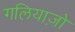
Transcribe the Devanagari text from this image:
गलियाज़ो